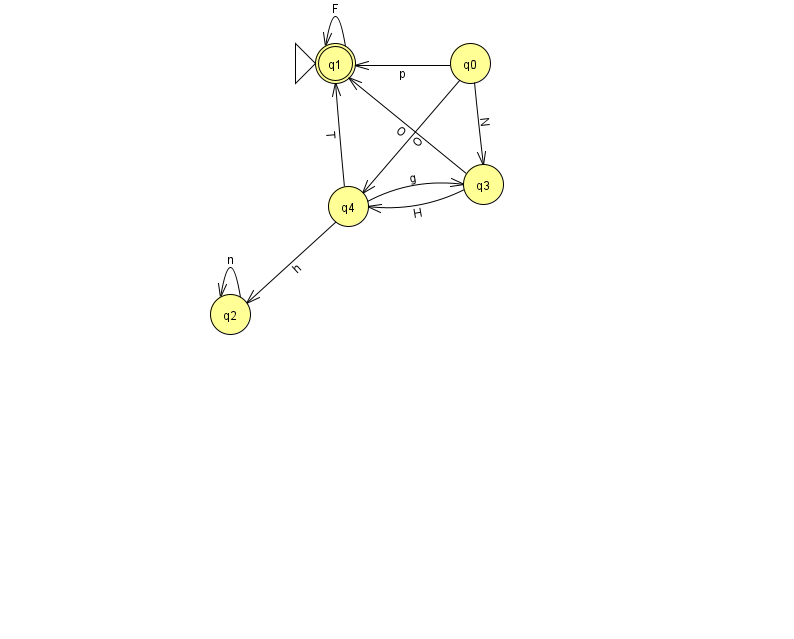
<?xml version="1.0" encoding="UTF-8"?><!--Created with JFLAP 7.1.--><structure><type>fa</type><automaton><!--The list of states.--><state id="0" name="q0"><x>470.0</x><y>50.0</y></state><state id="1" name="q1"><x>335.0</x><y>50.0</y><initial/><final/></state><state id="2" name="q2"><x>230.0</x><y>301.0</y></state><state id="3" name="q3"><x>483.0</x><y>171.0</y></state><state id="4" name="q4"><x>348.0</x><y>193.0</y></state><!--The list of transitions.--><transition><from>3</from><to>1</to><read>O</read></transition><transition><from>4</from><to>3</to><read>g</read></transition><transition><from>1</from><to>1</to><read>F</read></transition><transition><from>4</from><to>1</to><read>T</read></transition><transition><from>3</from><to>4</to><read>H</read></transition><transition><from>0</from><to>1</to><read>p</read></transition><transition><from>0</from><to>3</to><read>N</read></transition><transition><from>4</from><to>2</to><read>h</read></transition><transition><from>2</from><to>2</to><read>n</read></transition><transition><from>0</from><to>4</to><read>O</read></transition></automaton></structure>